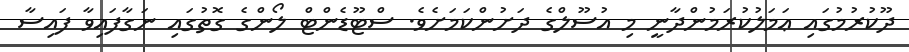
ދޫކުރުމުގައި ޢަމަލުކުރަމުންދާނީ މި އުސޫލްގެ ދަށުންކަމަށެވެ. ސްޓޫޑެންޓް ލޯންގެ ގޮތުގައި ނަގާފައިވާ ފައިސާ